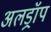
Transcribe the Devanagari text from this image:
अलड्रॉप